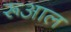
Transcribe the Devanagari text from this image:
रूआल